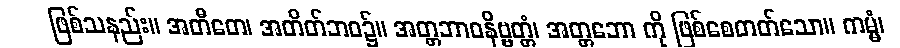
ဖြစ်သနည်း။ အတီတေ၊ အတိတ်ဘဝ၌။ အတ္တဘာဝနိဗ္ဗတ္တံ၊ အတ္တဘော ကို ဖြစ်စေတတ်သော။ ကမ္မံ၊